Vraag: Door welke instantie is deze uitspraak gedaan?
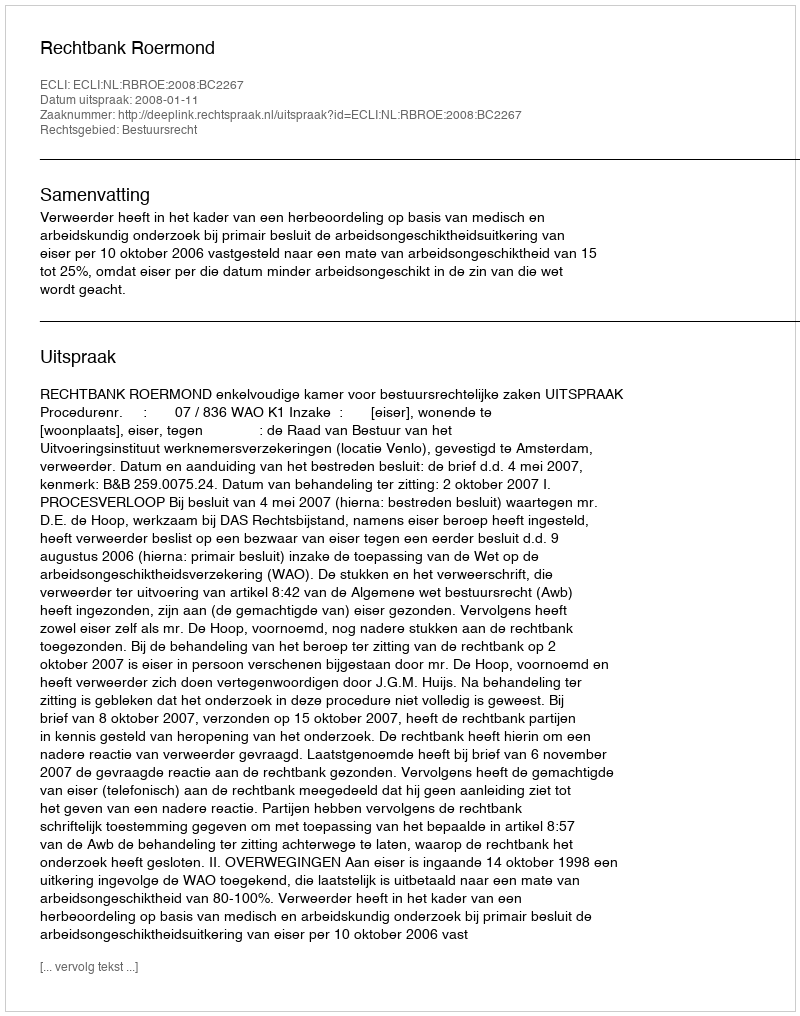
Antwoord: Rechtbank Roermond